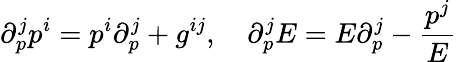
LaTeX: \partial_{p}^{j}p^{i}=p^{i}\partial_{p}^{j}+g^{ij},\quad\partial_{p}^{j}E=E\partial_{p}^{j}-\frac{p^{j}}{E}